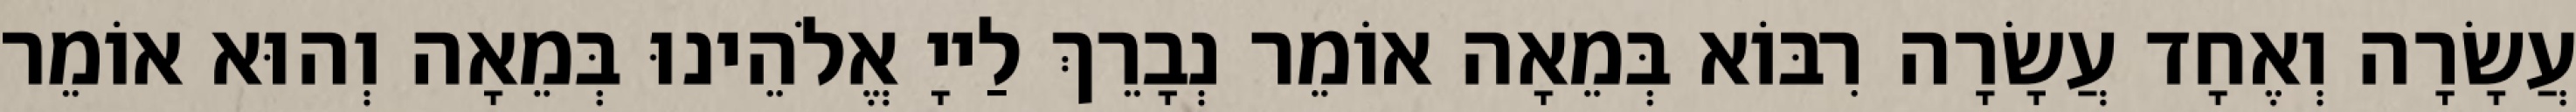
עֲשָׂרָה וְאֶחָד עֲשָׂרָה רִבּוֹא בְּמֵאָה אוֹמֵר נְבָרֵךְ לַייָ אֱלֹהֵינוּ בְּמֵאָה וְהוּא אוֹמֵר